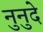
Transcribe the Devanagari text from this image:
नुनुदे